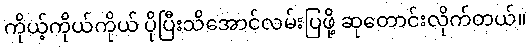
ကိုယ့်ကိုယ်ကိုယ် ပိုပြီးသိအောင်လမ်းပြဖို့ ဆုတောင်းလိုက်တယ်။